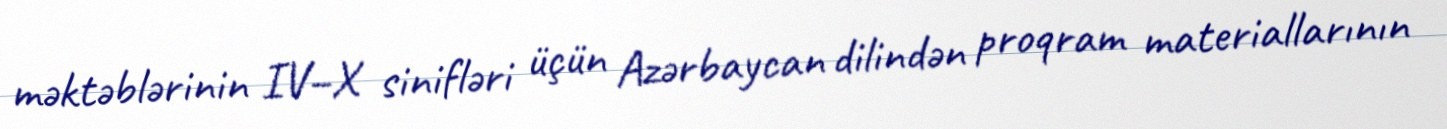
məktəblərinin IV–X sinifləri üçün Azərbaycan dilindən proqram materiallarının